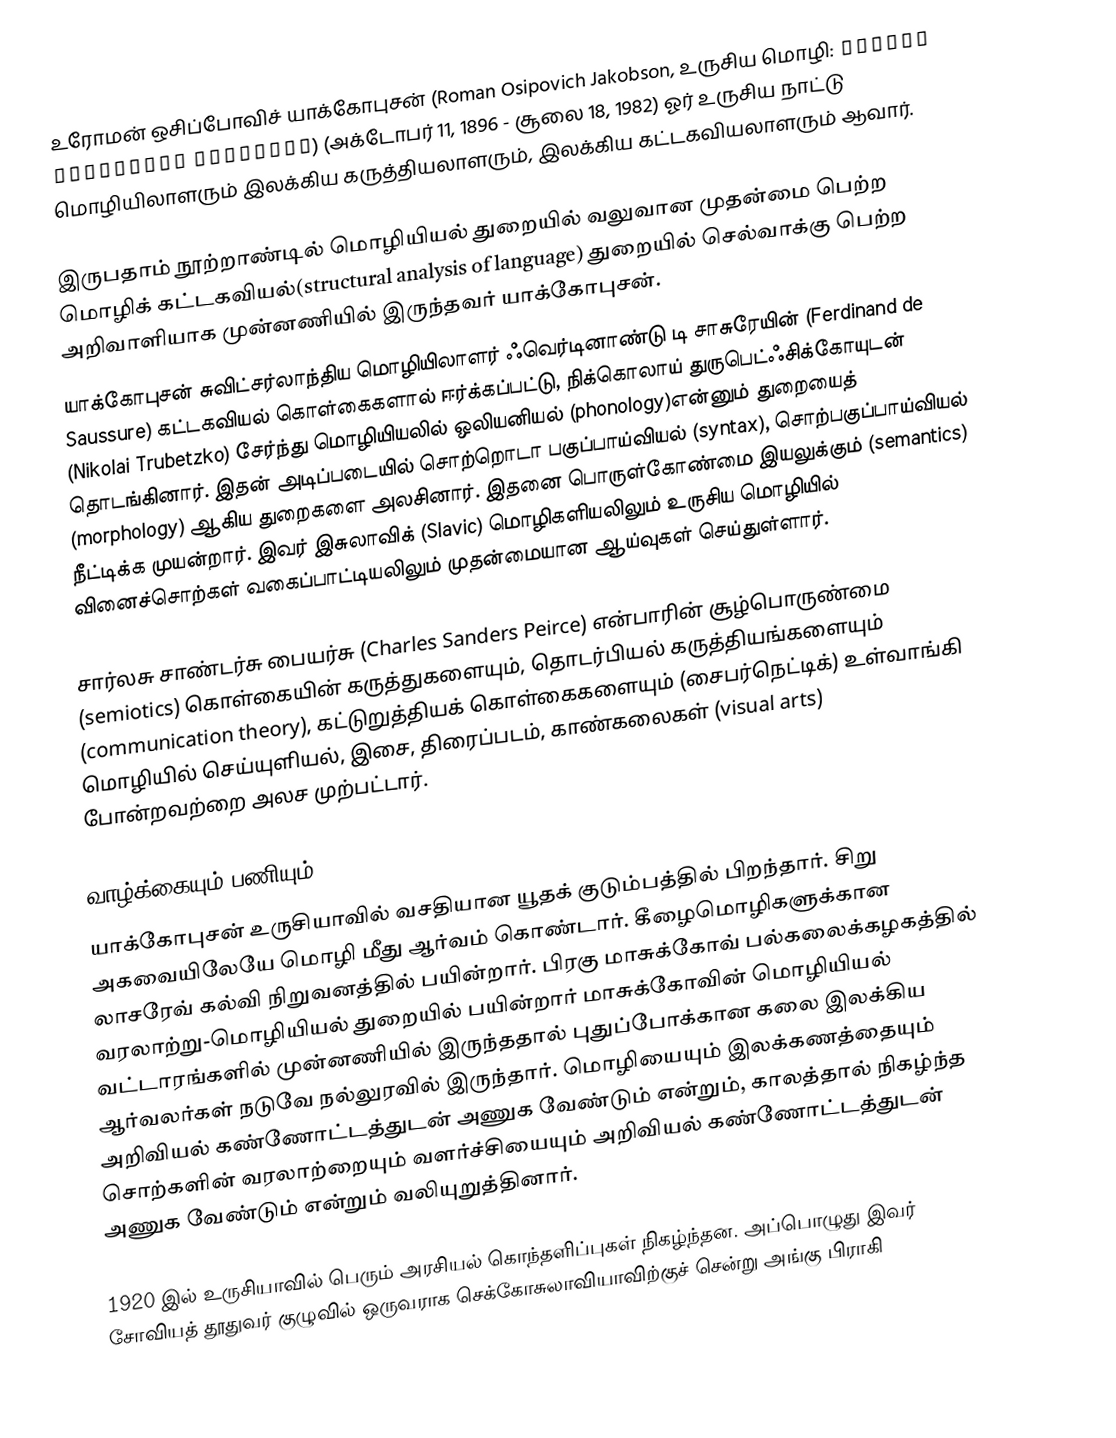
உரோமன் ஒசிப்போவிச் யாக்கோபுசன் (Roman Osipovich Jakobson, உருசிய மொழி: Рома́н О́сипович Якобсо́н) (அக்டோபர் 11, 1896 - சூலை 18, 1982) ஓர் உருசிய நாட்டு மொழியிலாளரும் இலக்கிய கருத்தியலாளரும், இலக்கிய கட்டகவியலாளரும் ஆவார்.

இருபதாம் நூற்றாண்டில் மொழியியல் துறையில் வலுவான முதன்மை பெற்ற மொழிக் கட்டகவியல்(structural analysis of language) துறையில் செல்வாக்கு பெற்ற அறிவாளியாக முன்னணியில் இருந்தவர் யாக்கோபுசன்.
யாக்கோபுசன் சுவிட்சர்லாந்திய மொழியிலாளர் ஃவெர்டினாண்டு டி சாசுரேயின் (Ferdinand de Saussure) கட்டகவியல் கொள்கைகளால் ஈர்க்கப்பட்டு, நிக்கொலாய் துருபெட்ஃசிக்கோயுடன் (Nikolai Trubetzko) சேர்ந்து மொழியியலில் ஒலியனியல் (phonology)என்னும் துறையைத் தொடங்கினார். இதன் அடிப்படையில் சொற்றொடா பகுப்பாய்வியல் (syntax), சொற்பகுப்பாய்வியல் (morphology) ஆகிய துறைகளை அலசினார். இதனை பொருள்கோண்மை இயலுக்கும் (semantics) நீட்டிக்க முயன்றார். இவர் இசுலாவிக் (Slavic) மொழிகளியலிலும் உருசிய மொழியில் வினைச்சொற்கள் வகைப்பாட்டியலிலும் முதன்மையான ஆய்வுகள் செய்துள்ளார்.

சார்லசு சாண்டர்சு பையர்சு (Charles Sanders Peirce) என்பாரின் சூழ்பொருண்மை (semiotics) கொள்கையின் கருத்துகளையும், தொடர்பியல் கருத்தியங்களையும் (communication theory), கட்டுறுத்தியக் கொள்கைகளையும் (சைபர்நெட்டிக்)  உள்வாங்கி மொழியில் செய்யுளியல், இசை, திரைப்படம், காண்கலைகள் (visual arts) போன்றவற்றை அலச முற்பட்டார்.

வாழ்க்கையும் பணியும்
யாக்கோபுசன் உருசியாவில் வசதியான யூதக் குடும்பத்தில் பிறந்தார். சிறு அகவையிலேயே மொழி மீது ஆர்வம் கொண்டார். கீழைமொழிகளுக்கான லாசரேவ் கல்வி நிறுவனத்தில் பயின்றார். பிரகு மாசுக்கோவ் பல்கலைக்கழகத்தில் வரலாற்று-மொழியியல் துறையில் பயின்றார் மாசுக்கோவின் மொழியியல் வட்டாரங்களில் முன்னணியில் இருந்ததால் புதுப்போக்கான கலை இலக்கிய ஆர்வலர்கள் நடுவே நல்லுரவில் இருந்தார். மொழியையும் இலக்கணத்தையும் அறிவியல் கண்ணோட்டத்துடன் அணுக வேண்டும் என்றும், காலத்தால் நிகழ்ந்த சொற்களின் வரலாற்றையும் வளர்ச்சியையும்  அறிவியல் கண்ணோட்டத்துடன் அணுக வேண்டும் என்றும் வலியுறுத்தினார்.

1920 இல் உருசியாவில் பெரும் அரசியல் கொந்தளிப்புகள் நிகழ்ந்தன. அப்பொழுது இவர் சோவியத் தூதுவர் குழுவில் ஒருவராக செக்கோசுலாவியாவிற்குச் சென்று அங்கு பிராகி